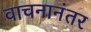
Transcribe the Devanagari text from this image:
वाचनानंतर